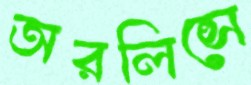
অরলিন্সে